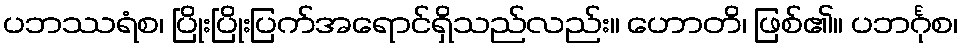
ပဘဿရံစ၊ ပြိုးပြိုးပြက်အရောင်ရှိသည်လည်း။ ဟောတိ၊ ဖြစ်၏။ ပဘင်္ဂုစ၊